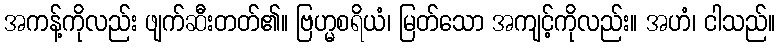
အကန့်ကိုလည်း ဖျက်ဆီးတတ်၏။ ဗြဟ္မစရိယံ၊ မြတ်သော အကျင့်ကိုလည်း။ အဟံ၊ ငါသည်။